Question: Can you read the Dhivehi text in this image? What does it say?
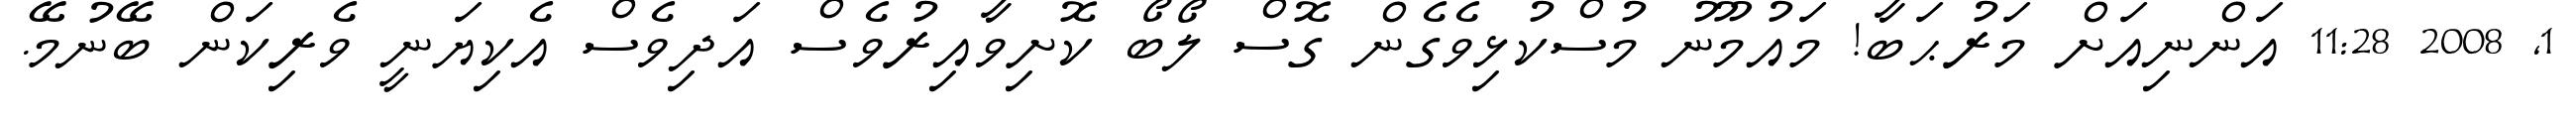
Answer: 1, 2008 11:28 އަންނިއަށް މަރުޙަބާ! މައުމޫނު މުސްކުޅިވެގެން ގޮސް ލޯބޯ ކޮށިވާއިރުވެސް އަދިވެސް އެކިޔަނީ ވެރިކަން ބޭނުމޭ.